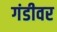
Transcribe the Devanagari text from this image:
गंडीवर